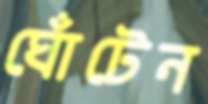
ঘোঁটেন